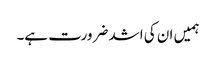
ہمیں ان کی اشد ضرورت ہے۔